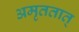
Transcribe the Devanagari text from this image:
अमृततात्